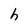
Character: h